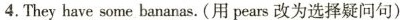
4.They have some bananas.(用pears改为选择疑问句)